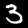
Digit: 3